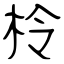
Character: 柃